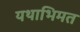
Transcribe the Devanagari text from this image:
यथाभिमत